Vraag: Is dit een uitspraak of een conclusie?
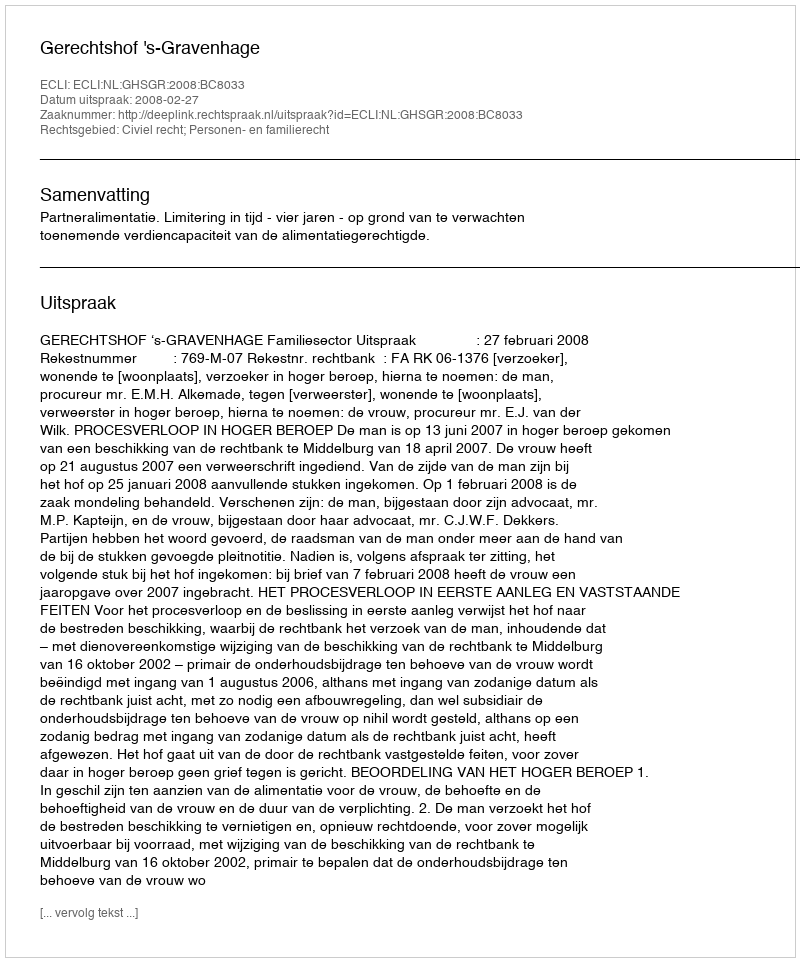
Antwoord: Uitspraak